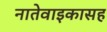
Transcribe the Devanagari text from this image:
नातेवाइकासह